Vaccination in Bombay 1924-1928 - 1924-1928
Year: 1924
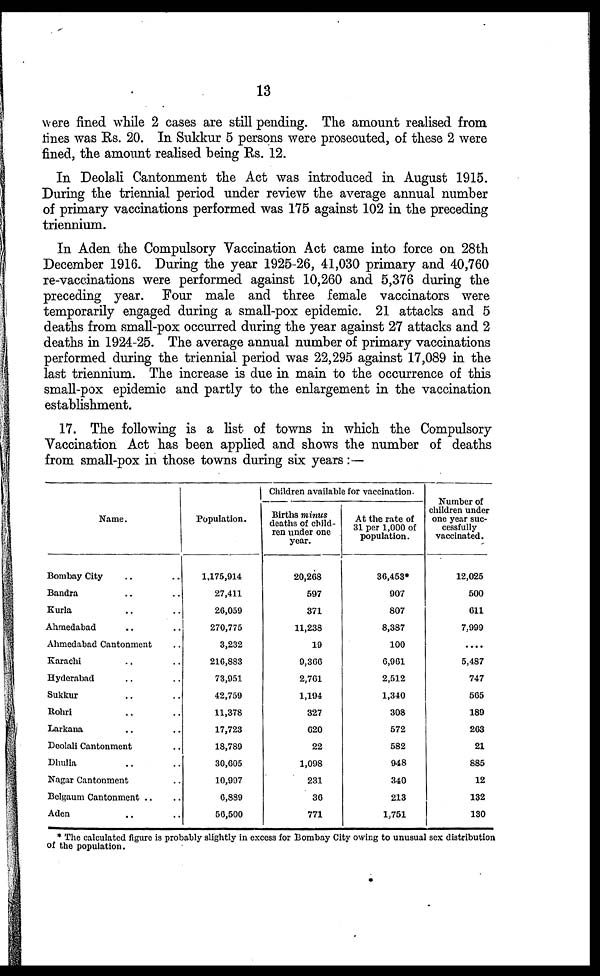
13
were fined while 2 cases are still pending. The amount realised from
fines was Rs. 20. In Sukkur 5 persons were prosecuted, of these 2 were
fined, the amount realised being Rs. 12.
In Deolali Cantonment the Act was introduced in August 1915.
During the triennial period under review the average annual number
of primary vaccinations performed was 175 against 102 in the preceding
triennium.
In Aden the Compulsory Vaccination Act came into force on 28th
December 1916. During the year 1925-26, 41,030 primary and 40,760
re-vaccinations were performed against 10,260 and 5,376 during the
preceding year. Four male and three female vaccinators were
temporarily engaged during a small-pox epidemic. 21 attacks and 5
deaths from small-pox occurred during the year against 27 attacks and 2
deaths in 1924-25. The average annual number of primary vaccinations
performed during the triennial period was 22,295 against 17,089 in the
last triennium. The increase is due in main to the occurrence of this
small-pox epidemic and partly to the enlargement in the vaccination
establishment.
17. The following is a list of towns in which the Compulsory
Vaccination Act has been applied and shows the number of deaths
from small-pox in those towns during six years:—
Name.
Bombay City .. ..
Bandra .. ..
Kurla .. ..
Ahmedabad .. ..
Ahmedabad Cantonment ..
Karachi .. ..
Hyderabad .. ..
Sukkur .. ..
Rohri .. ..
Larkana .. ..
Deolali Cantonment ..
Dhulia .. ..
Nagar Cantonment ..
Belgaum Cantonment .. ..
Aden .. ..
Population.
1,175,914
27,411
26,059
270,775
3,232
216,883
73,951
42,759
11,378
17,723
18,789
30,605
10,997
6,889
56,500
Children available for vaccination-
Births minus
deaths of child-
ren under one
year.
20,268
597
371
11,238
19
9,366
2,761
1,194
327
620
22
1,098
231
36
771
At the rate of
31 per 1,000 of
population.
36,453*
907
807
8,387
100
6,901
2,512
1,340
308
572
582
948
340
213
1,751
Number of
children under
one year suc-
cessfully
vaccinated.
12,025
500
611
7,999
....
5,487
747
565
189
263
21
885
12
132
130
* The calculated figure is probably slightly in excess for Bombay City owing to unusual sex distribution
of the population.